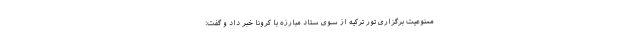
ممنوعیت برگزاری تور ترکیه از سوی ستاد مبارزه با کرونا خبر داد و گفت: